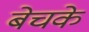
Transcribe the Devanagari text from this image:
बेचके